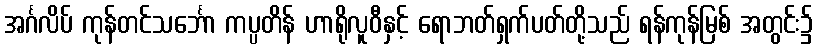
အင်္ဂလိပ် ကုန်တင်သင်္ဘော ကပ္ပတိန် ဟာရိုလူဝီနှင့် ရောဘတ်ရှက်ပတ်တို့သည် ရန်ကုန်မြစ် အတွင်း၌